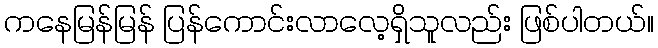
ကနေမြန်မြန် ပြန်ကောင်းလာလေ့ရှိသူလည်း ဖြစ်ပါတယ်။